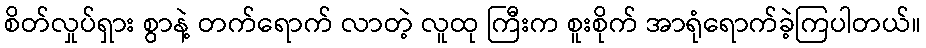
စိတ်လှုပ်ရှား စွာနဲ့ တက်ရောက် လာတဲ့ လူထု ကြီးက စူးစိုက် အာရုံရောက်ခဲ့ကြပါတယ်။